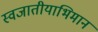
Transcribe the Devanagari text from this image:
स्वजातीयाभिमान